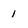
Character: 1